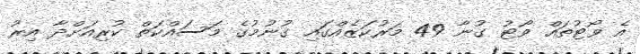
އެ ވޯޓުތައް ވޯޓު ގުނާ 49 މަރުކަޒެއްގައި ގުނުމުގެ މަސައްކަތް ކުރިއަށްދާ އިރު